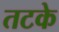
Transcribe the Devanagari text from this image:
तटके